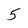
Character: 5